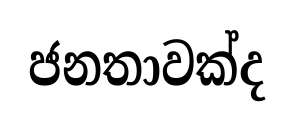
ජනතාවක්ද